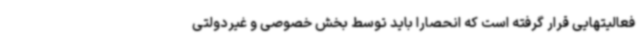
فعالیتهایی قرار گرفته است که انحصاراً باید توسط بخش خصوصی و غیردولتی